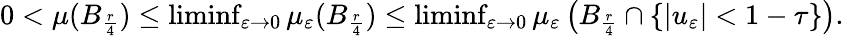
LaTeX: \begin{array}{r}{0<\mu(B_{\frac{r}{4}})\leq\operatorname*{liminf}_{\varepsilon\rightarrow 0}\mu_{\varepsilon}(B_{\frac{r}{4}})\leq\operatorname*{liminf}_{\varepsilon\rightarrow 0}\mu_{\varepsilon}\left(B_{\frac{r}{4}}\cap\{ |u_{\varepsilon}|<1-\tau\} \right).}\end{array}